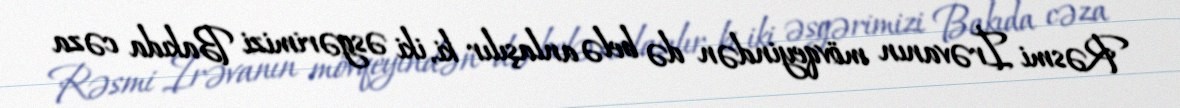
Rəsmi İrəvanın mövqeyindən də belə anlaşılır ki, iki əsgərimizi Bakıda cəza